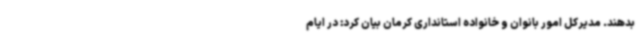
بدهند. مدیرکل امور بانوان و خانواده استانداری کرمان بیان کرد: در ایام